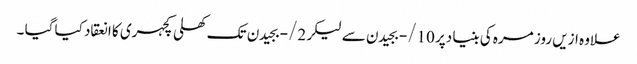
علاوہ ازیں روز مرہ کی بنیا دپر 10/- بجیدن سے لیکر 2/- بجیدن تک کھلی کچہری کا انعقاد کیا گیا ۔